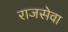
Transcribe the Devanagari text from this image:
राजसेवा